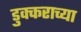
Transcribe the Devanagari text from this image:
डुक्कराच्या